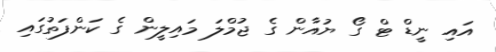
އައި ނީޑް ޓް ގޯ ޔުއާން ގެ ޖުމްލަ މައިލީން ގެ ކަންފަތުގައި